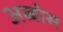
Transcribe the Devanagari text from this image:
अब्बोस